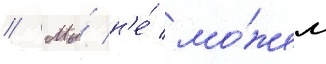
// Мы́ н'е́ мо́жем